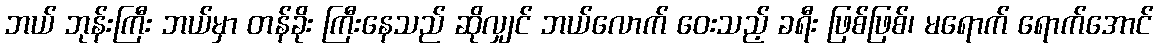
ဘယ် ဘုန်းကြီး ဘယ်မှာ တန်ခိုး ကြီးနေသည် ဆိုလျှင် ဘယ်လောက် ဝေးသည့် ခရီး ဖြစ်ဖြစ်၊ မရောက် ရောက်အောင်